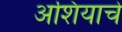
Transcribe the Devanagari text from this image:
अशियाचे